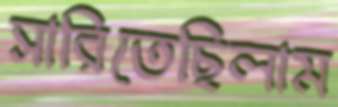
সারিতেছিলাম